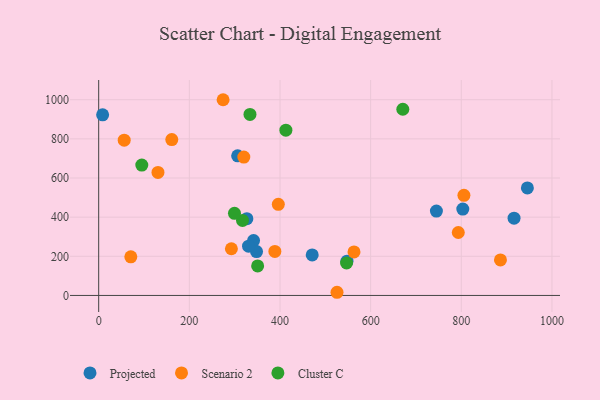
{"axis": {"x": "Ad Spend", "y": "Fuel Efficiency"}, "legend": ["Cluster C", "Projected", "Scenario 2"], "data": [{"x": "341.7", "y": 280.1, "type": "Projected"}, {"x": "945.8", "y": 549.3, "type": "Projected"}, {"x": "326.9", "y": 392.0, "type": "Projected"}, {"x": "348.3", "y": 223.9, "type": "Projected"}, {"x": "306.6", "y": 713.1, "type": "Projected"}, {"x": "916.4", "y": 394.7, "type": "Projected"}, {"x": "547.8", "y": 175.2, "type": "Projected"}, {"x": "471.1", "y": 207.2, "type": "Projected"}, {"x": "803.3", "y": 441.2, "type": "Projected"}, {"x": "8.7", "y": 922.9, "type": "Projected"}, {"x": "330.6", "y": 251.6, "type": "Projected"}, {"x": "745.1", "y": 431.2, "type": "Projected"}, {"x": "396.3", "y": 465.6, "type": "Scenario 2"}, {"x": "793.4", "y": 321.7, "type": "Scenario 2"}, {"x": "886.4", "y": 181.3, "type": "Scenario 2"}, {"x": "563.3", "y": 222.2, "type": "Scenario 2"}, {"x": "70.9", "y": 197.4, "type": "Scenario 2"}, {"x": "56.3", "y": 793.2, "type": "Scenario 2"}, {"x": "805.8", "y": 511.3, "type": "Scenario 2"}, {"x": "274.5", "y": 999.9, "type": "Scenario 2"}, {"x": "388.7", "y": 224.7, "type": "Scenario 2"}, {"x": "320.2", "y": 706.9, "type": "Scenario 2"}, {"x": "130.8", "y": 628.3, "type": "Scenario 2"}, {"x": "525.8", "y": 16.2, "type": "Scenario 2"}, {"x": "292.8", "y": 238.5, "type": "Scenario 2"}, {"x": "161.3", "y": 796.1, "type": "Scenario 2"}, {"x": "317.3", "y": 383.4, "type": "Cluster C"}, {"x": "333.8", "y": 924.9, "type": "Cluster C"}, {"x": "95.1", "y": 666.0, "type": "Cluster C"}, {"x": "350.7", "y": 150.7, "type": "Cluster C"}, {"x": "413.0", "y": 844.4, "type": "Cluster C"}, {"x": "671.0", "y": 951.2, "type": "Cluster C"}, {"x": "546.9", "y": 165.8, "type": "Cluster C"}, {"x": "299.6", "y": 419.4, "type": "Cluster C"}]}